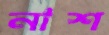
নাশ